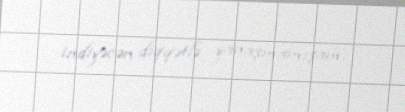
indiyəcən diqqətlə yanaşmamışam.